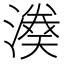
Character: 𱨹